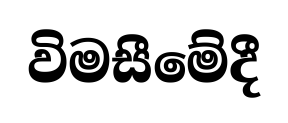
විමසීමේදී